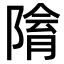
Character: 𨻔